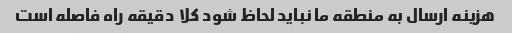
هزینه ارسال به منطقه ما نباید لحاظ شود کلا  دقیقه راه فاصله است